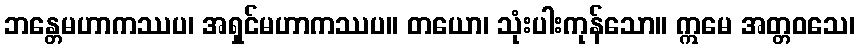
ဘန္တေမဟာကဿပ၊ အရှင်မဟာကဿပ။ တယော၊ သုံးပါးကုန်သော။ ဣမေ အတ္တဝသေ၊